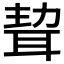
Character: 𦕴